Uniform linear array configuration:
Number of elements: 48
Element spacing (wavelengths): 0.25
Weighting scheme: cosine
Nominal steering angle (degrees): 15
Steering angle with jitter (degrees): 15.767
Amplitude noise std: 0.05
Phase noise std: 0.05

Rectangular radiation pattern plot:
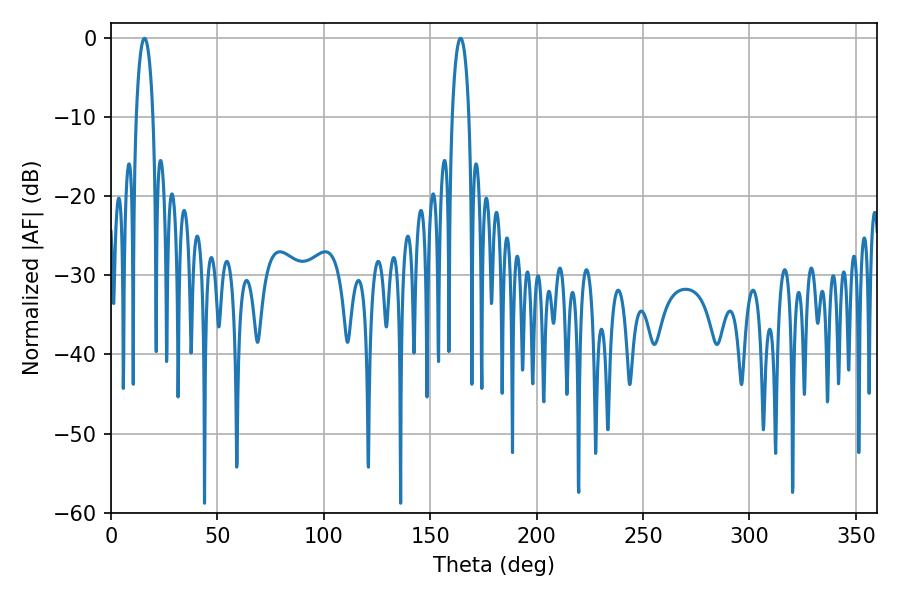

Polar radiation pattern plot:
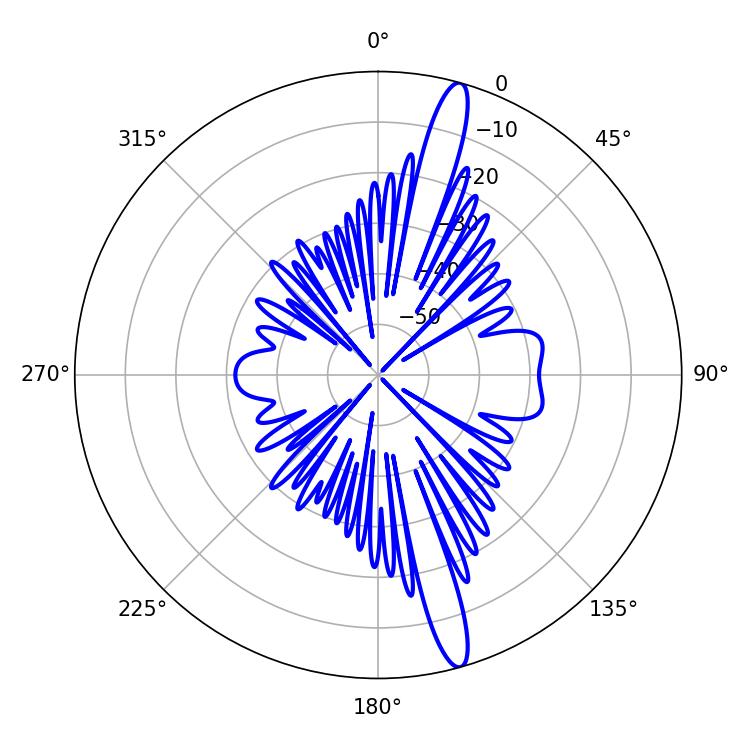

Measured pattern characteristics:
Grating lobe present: FALSE
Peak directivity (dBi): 16.175
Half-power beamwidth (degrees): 4.5
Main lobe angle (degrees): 15.66